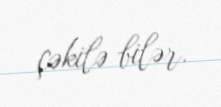
çəkilə bilər.